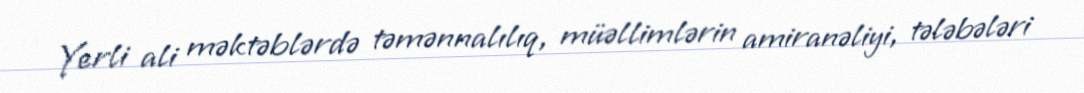
Yerli ali məktəblərdə təmənnalılıq, müəllimlərin amiranəliyi, tələbələri